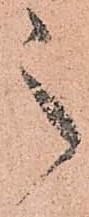
之